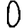
Digit: 0